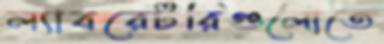
ল্যাবরেটরিগুলোতে